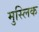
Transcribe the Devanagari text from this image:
मुस्लिक